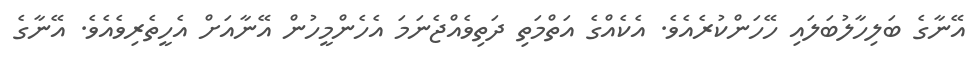
އޭނާގެ ބަލިހާލުބަލައި ހޭހަންކުރެއެވެ. އެކެއްގެ އަތްމަތި ދަތިވެއްޖެނަމަ އެހެންމީހުން އޭނާއަށް އެހީތެރިވެއެވެ. އޭނާގެ